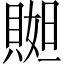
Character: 𧶬